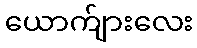
ယောက်ျားလေး